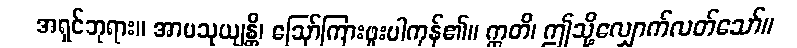
အရှင်ဘုရား။ အာမသုယျန္တိ၊ ဩော်ကြားဖူးပါကုန်၏။ ဣတိ၊ ဤသို့လျှောက်လတ်သော်။